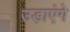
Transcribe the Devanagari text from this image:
उड़ाएंगे